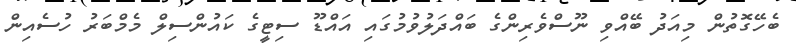
ބެހޭގޮތުން މިއަދު ބޭއްވި ނޫސްވެރިންގެ ބައްދަލުވުމުގައި އައްޑޫ ސިޓީގެ ކައުންސިލް މެމްބަރު ހުސެއިން